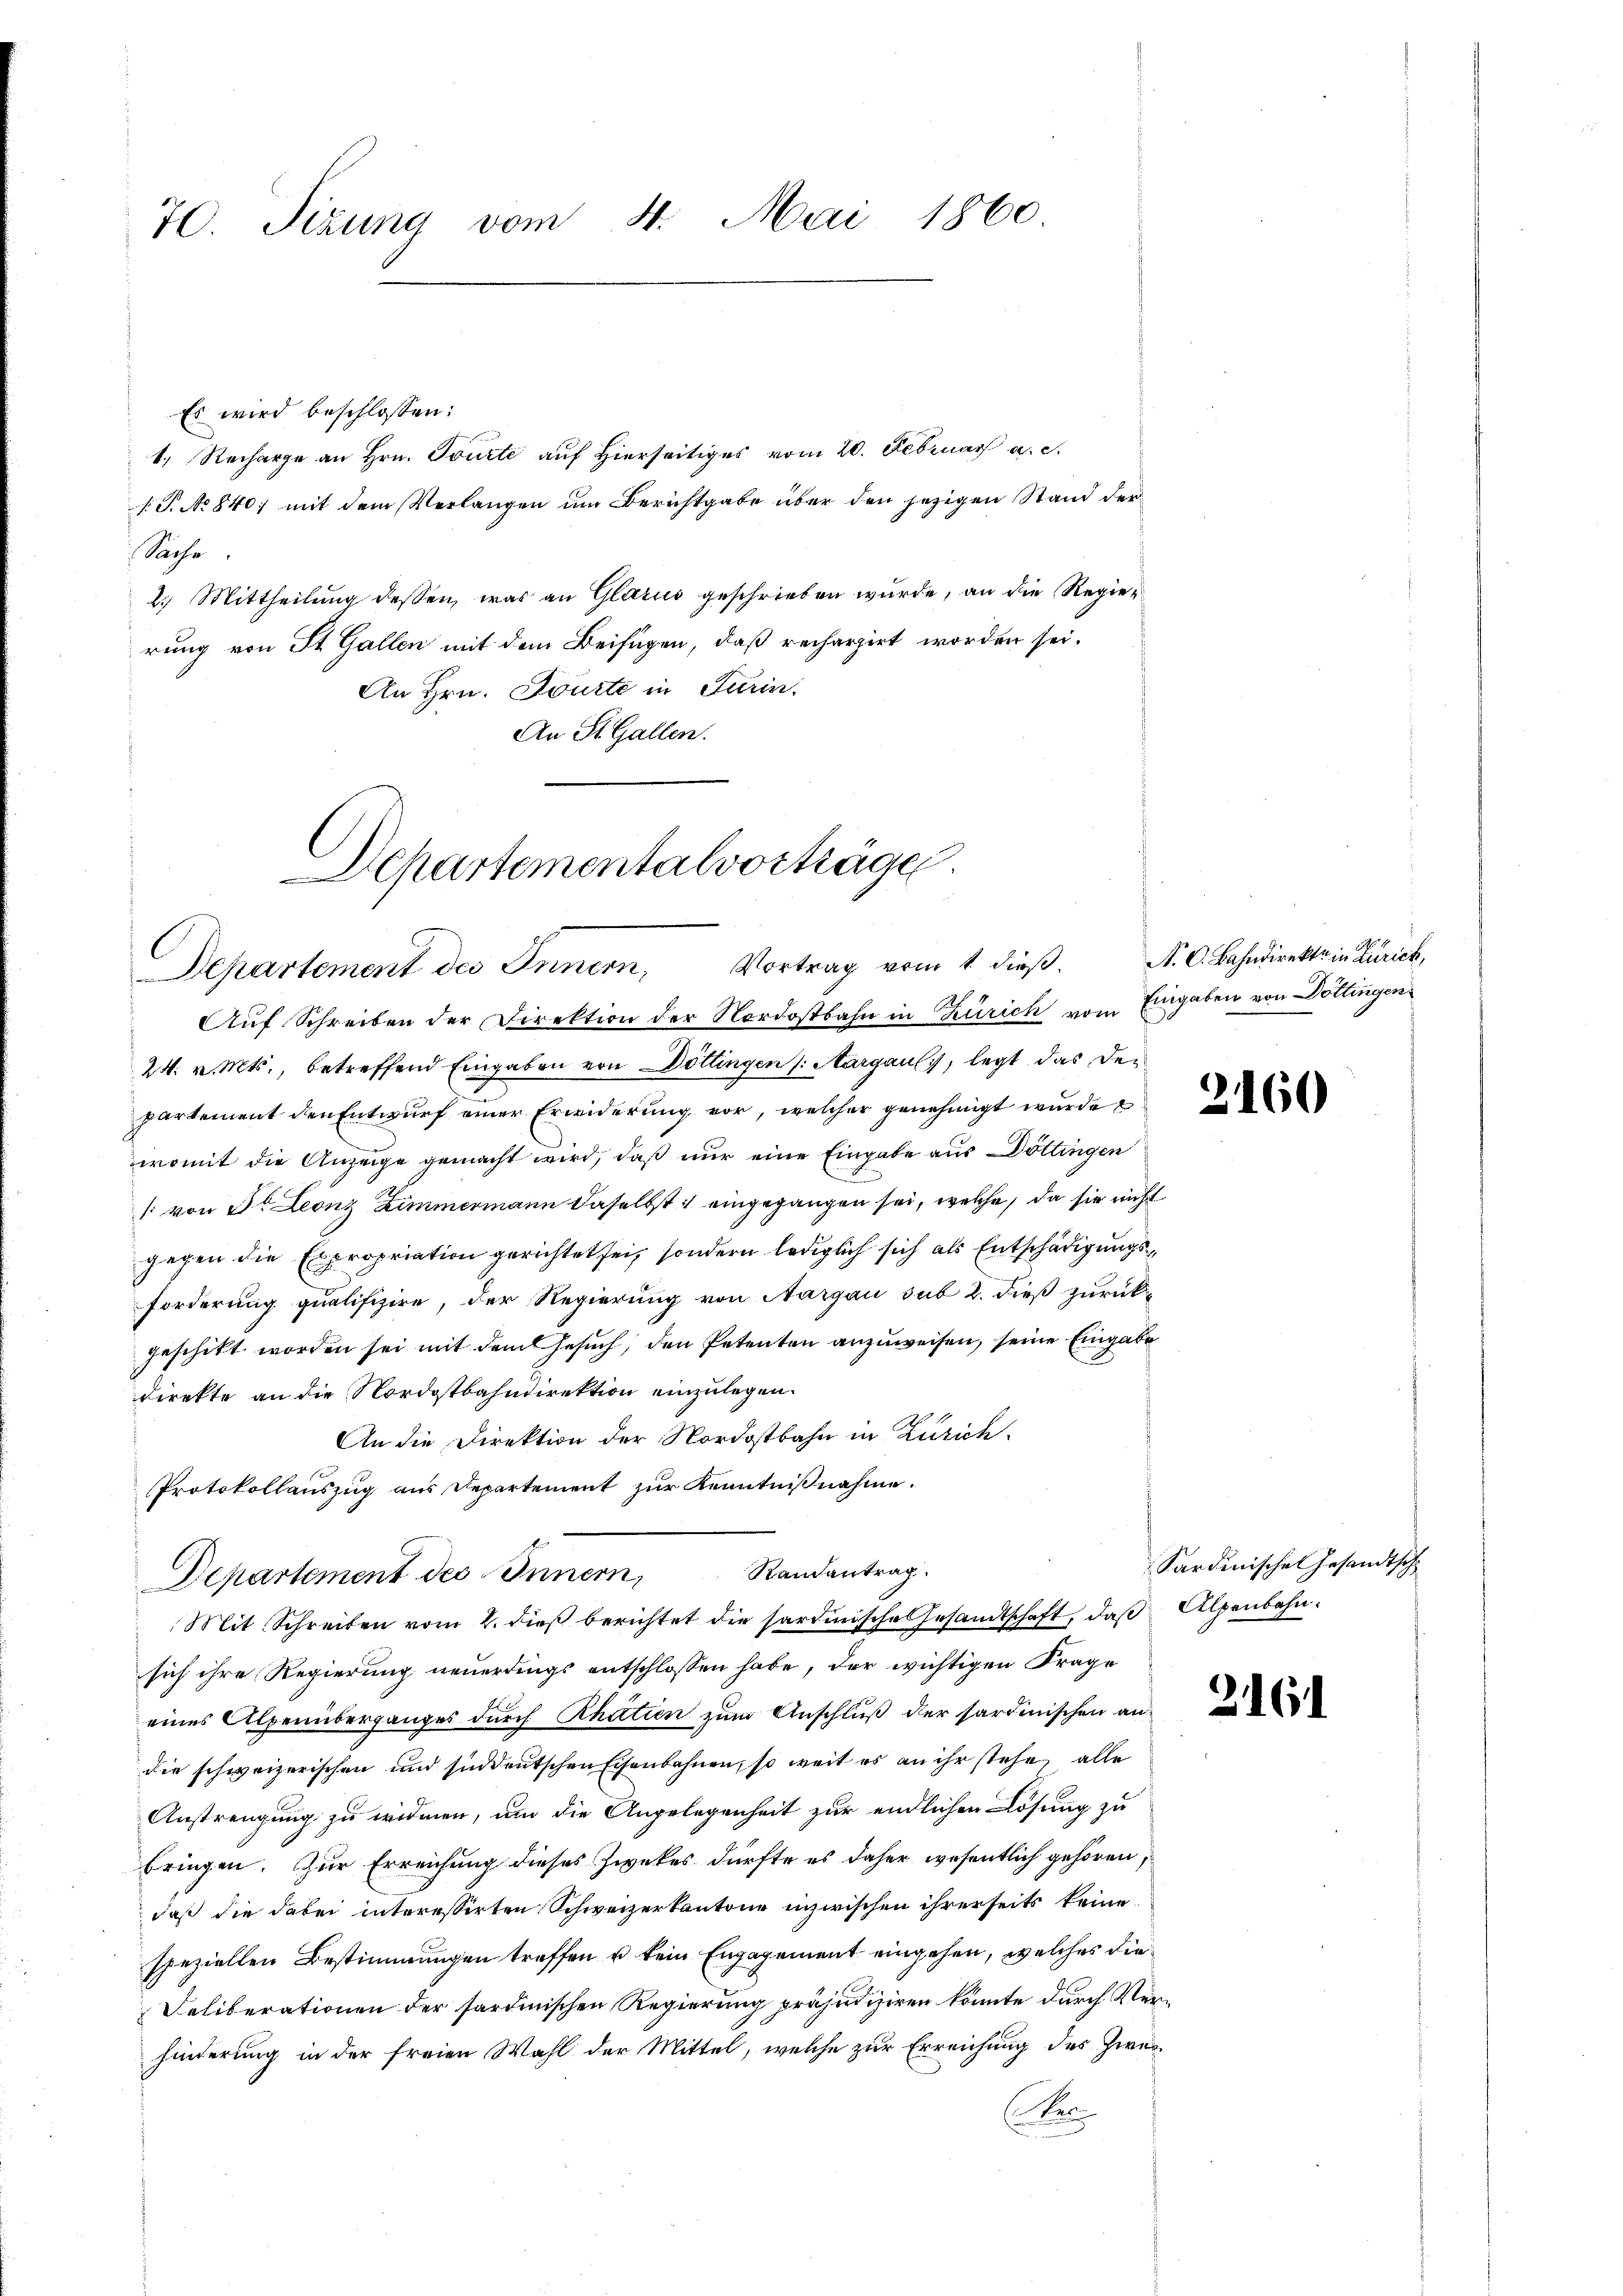
70. Sizung vom 4. Mai 1860.

Es wird beschlossen:
1. Recharge an Hrn. Tourte auf Hierseitiges vom 20. Februar a. c.
P.P. No 840; mit dem Verlangen um Berichtgabe über den jezigen Stand der
Siche
2.) Mittheilung dessen, was an Glarus geschrieben wurde, an die Regier
rung von St. Gallen mit dem Beifügen, daß recharzirt worden sei.
An Hrn. Tourte in Turin.
An St. Gallen.
Departementalvorträge.

Departement des Innern, Vortrag vom 1 dieβ. N. O. Bahndirekte in Zürich,

Auf Schreiben der Direktion der Nordostbahn in Zürich vom Eingaben von Döttingen
24. v. Mts., betreffend Eingaben von Döttingen /: Margau, legt das den
partement den Entwurf einer Erwiderung vor, welcher genehmigt wurde
womit die Anzeige gemacht wird, daß nur eine Eingabe aus Döttingen
: von St. Leonz Zimmermann daselbst eingegangen sei, welche, da sie nicht
gegen die Expropriation gerichtet sei, sondern lediglich sich als Entschädigungsforderung qualifizire, der Regierung von Aargau sub 2. dieß zurück-
geschikt worden sei mit dem Gesuch, den Petenten anzuweisen, seine Eingabe
direkte an die Nordostbahndirektion einzulegen.
An die Direktion der Nordostbahn in Zürich
Protokollauszug aus Departement zur Kenntniβnahme.
Randantrag.
Departement des Innern,
Mit Schreiben vom 2. dieß berichtet die sardinische Gesamtschaft, daß Alpenbahnsich ihre Regierung neuerdings entschlossen habe, der wichtigen Frage
eines Alpenüberganges durch Rhatien zum Anschluß der sardinischen an-
die schweizerischen und sindeutschen Eisenbahnen, so weit es an ihr stehe, alle
Anstrengung zu widmen, um die Angelegenheit zur endlichen Lösung zu
bringen. Zur Erreichung dieses Zweckes dürfte es daher wesentlich gehören,
daß die dabei interessirten Schweizerkantone inzwischen ihrerseits keine
speziellen Bestimmungen treffen u. kein Engagement eingehen, welches die
Deliberationen der sardinischen Regierung präjudiziren könnte durch Verhinderung in der freien Wahl der Mittel, welche zur Erreichung des Zweie

2160

216

Sardinischen Gesandtsch